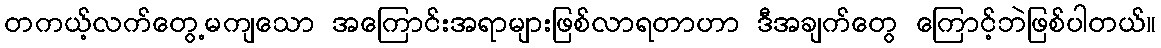
တကယ့်လက်တွေ့မကျသော အကြောင်းအရာများဖြစ်လာရတာဟာ ဒီအချက်တွေ ကြောင့်ဘဲဖြစ်ပါတယ်။